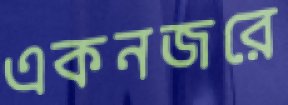
একনজরে